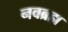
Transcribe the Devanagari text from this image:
नवब्रह्म